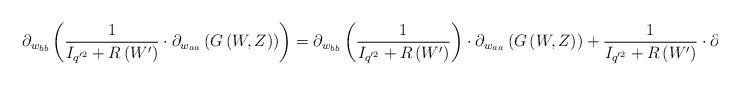
LaTeX: \begin{align*}\partial_{w_{bb}}\left(\frac{1}{I_{q'^{2}}+R\left(W'\right) }\cdot\partial_{w_{aa}}\left( G\left(W,Z\right)\right)\right)=\partial_{w_{bb}}\left(\frac{1}{I_{q'^{2}}+R\left(W'\right) }\right)\cdot\partial_{w_{aa}}\left( G\left(W,Z\right)\right)+\frac{1}{I_{q'^{2}}+R\left(W'\right) }\cdot\partial^{2}_{w_{bb} w_{aa}}\left( G\left(W,Z\right) \right), \end{align*}